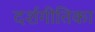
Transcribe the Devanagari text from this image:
दर्शगीतिका